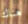
هناك